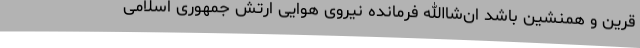
قرین و همنشین باشد ان‌شاالله فرمانده نیروی هوایی ارتش جمهوری اسلامی